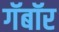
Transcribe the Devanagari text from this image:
गॅबॉर